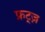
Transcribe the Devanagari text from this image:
फ्रट्ज़